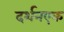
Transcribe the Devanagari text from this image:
दर्शनएक